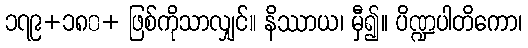
၁၇၉+၁၈၀+ ဖြစ်ကိုသာလျှင်။ နိဿာယ၊ မှီ၍။ ပိဏ္ဍပါတိကော၊